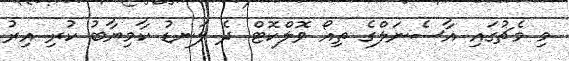
މި މެޗުގައި އާސެނަލްގެ ތިއޯ ވޮލްކޮޓް ދެ ލަނޑު ކާމިޔާބު ކުރި އިރު